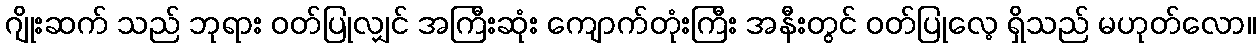
ဂျိုးဆက် သည် ဘုရား ဝတ်ပြုလျှင် အကြီးဆုံး ကျောက်တုံးကြီး အနီးတွင် ဝတ်ပြုလေ့ ရှိသည် မဟုတ်လော။